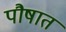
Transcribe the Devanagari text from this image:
पौषात